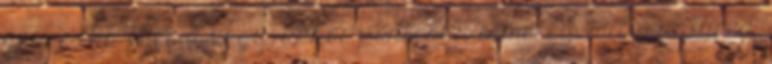
nézve. Ha füredi vagy, akkor pontosan ismered, milyen Füred.